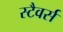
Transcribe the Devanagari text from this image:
स्टैवर्स